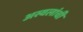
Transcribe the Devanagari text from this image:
अस्वलांची